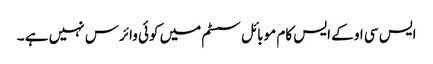
ایس سی او کے ایس کام موبائل سسٹم میں کوئی وائرس نہیں ہے ۔